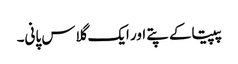
پپیتاکے پتے اور ایک گلاس پانی۔